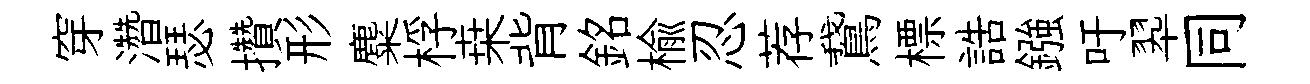
穿濳瑟攢形麋桴桒背銘楡忍荐鵞標誥鏹吁翆同